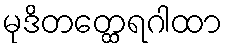
မုဒိတတ္ထေရဂါထာ